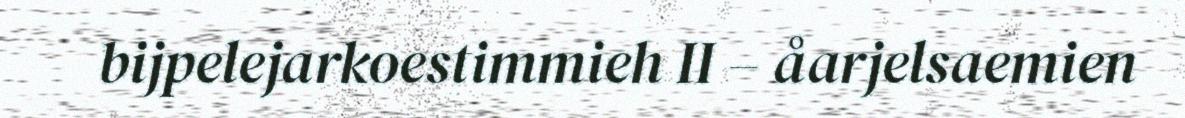
bijpelejarkoestimmieh II – åarjelsaemien